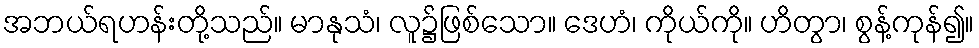
အဘယ်ရဟန်းတို့သည်။ မာနုသံ၊ လူ၌ဖြစ်သော။ ဒေဟံ၊ ကိုယ်ကို။ ဟိတွာ၊ စွန့်ကုန်၍။